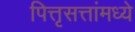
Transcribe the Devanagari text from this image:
पित्तृसत्तांमध्ये